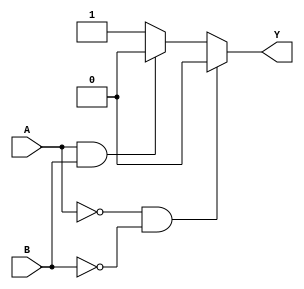
`timescale 1ns / 1ps
//////////////////////////////////////////////////////////////////////////////////
// Company: 
// Engineer: 
// 
// Design Name: 
// Module Name:    xor1_bh 
// Project Name: 
// Target Devices: 
// Tool versions: 
// Description: 
//
// Dependencies: 
//
// Revision: 
// Revision 0.01 - File Created
// Additional Comments: 
//
//////////////////////////////////////////////////////////////////////////////////
module xor_bh(Y,A,B);
    input A;
    input B;
    output Y;
	 reg Y;
    
always @(A,B)

begin

if(A==0 & B==0)
Y = 0;
else if(A==1 & B==1)
Y=0;
else 
Y=1;

end

endmodule